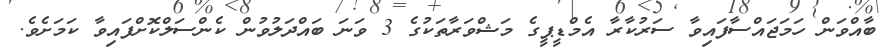
ބާއްވަން ހަމަޖައްސާފައިވާ ސަރުކާރާ އެމްޑީޕީގެ މަޝްވަރާތަކުގެ 3 ވަނަ ބައްދަލުވުން ކެންސަލްކޮށްފައިވާ ކަމަށެވެ.